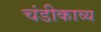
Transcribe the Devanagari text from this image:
चंडीकाव्य